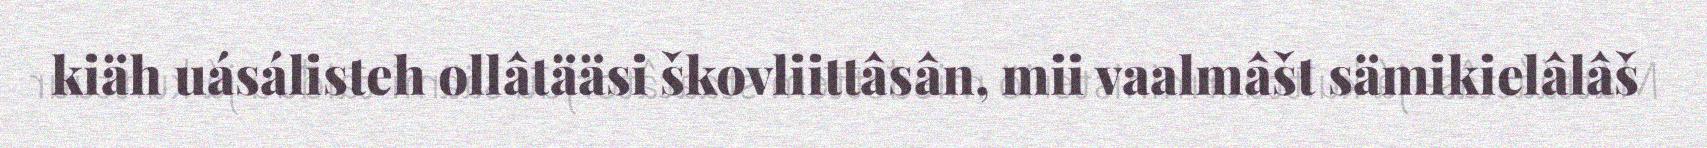
kiäh uásálisteh ollâtääsi škovliittâsân, mii vaalmâšt sämikielâlâš